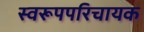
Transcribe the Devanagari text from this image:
स्वरूपपरिचायक